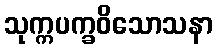
သုက္ကပက္ခဝိသောသနာ